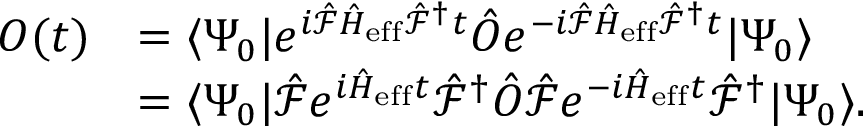
\begin{array} { r l } { O ( t ) } & { = \langle \Psi _ { 0 } | e ^ { i \hat { \mathcal { F } } \hat { H } _ { \mathrm { e f f } } \hat { \mathcal { F } } ^ { \dagger } t } \hat { O } e ^ { - i \hat { \mathcal { F } } \hat { H } _ { \mathrm { e f f } } \hat { \mathcal { F } } ^ { \dagger } t } | \Psi _ { 0 } \rangle } \\ & { = \langle \Psi _ { 0 } | \hat { \mathcal { F } } e ^ { i \hat { H } _ { \mathrm { e f f } } t } \hat { \mathcal { F } } ^ { \dagger } \hat { O } \hat { \mathcal { F } } e ^ { - i \hat { H } _ { \mathrm { e f f } } t } \hat { \mathcal { F } } ^ { \dagger } | \Psi _ { 0 } \rangle . } \end{array}